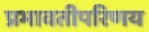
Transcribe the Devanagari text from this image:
प्रभावतीपरिणय